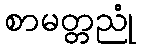
စာမတ္တညုံ